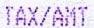
TAX/AMT